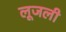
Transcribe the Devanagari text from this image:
लूजली